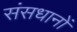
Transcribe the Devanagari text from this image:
संसधानों